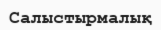
Салыстырмалық